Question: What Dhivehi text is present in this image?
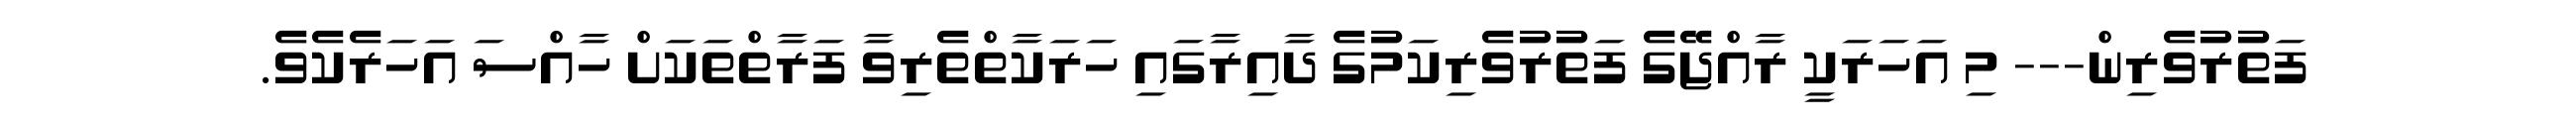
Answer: ފަތުރުވެރިން--- މި އަހަރަކީ ރާއްޖޭގެ ފަތުރުވެރިކަމުގެ ދާއިރާގައި ހަރަކާތްތެރިވާ ފަރާތްތަކަށް ހާއްސަ އަހަރެކެވެ.